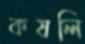
কষলি